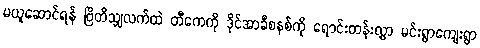
မယူဆောင်ရန် ဗြိတိသျှလက်ထဲ တီကေကို ဒိုင်အာခီစနစ်ကို ရောင်းတန်းလွှာ မင်းရွာကျေးရွာ